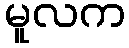
မူလက